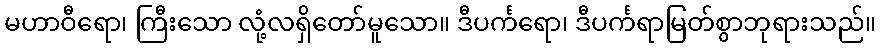
မဟာဝီရော၊ ကြီးသော လုံ့လရှိတော်မူသော။ ဒီပင်္ကရော၊ ဒီပင်္ကရာမြတ်စွာဘုရားသည်။